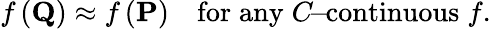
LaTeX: f\left(\mathbf{Q}\right)\approx f\left(\mathbf{P}\right)\mathrm{\quad for\; any\; }C\mathrm{\! -\! continuous}\; f.